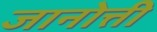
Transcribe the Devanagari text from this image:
जानोत्ती